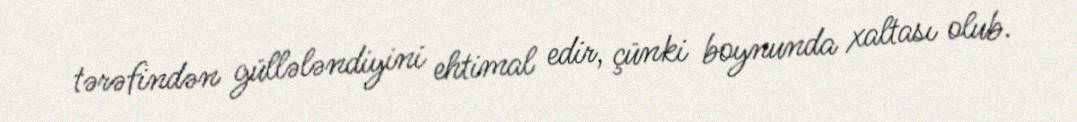
tərəfindən güllələndiyini ehtimal edir, çünki boynunda xaltası olub.